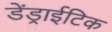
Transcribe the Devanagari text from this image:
डेंड्राईटिक